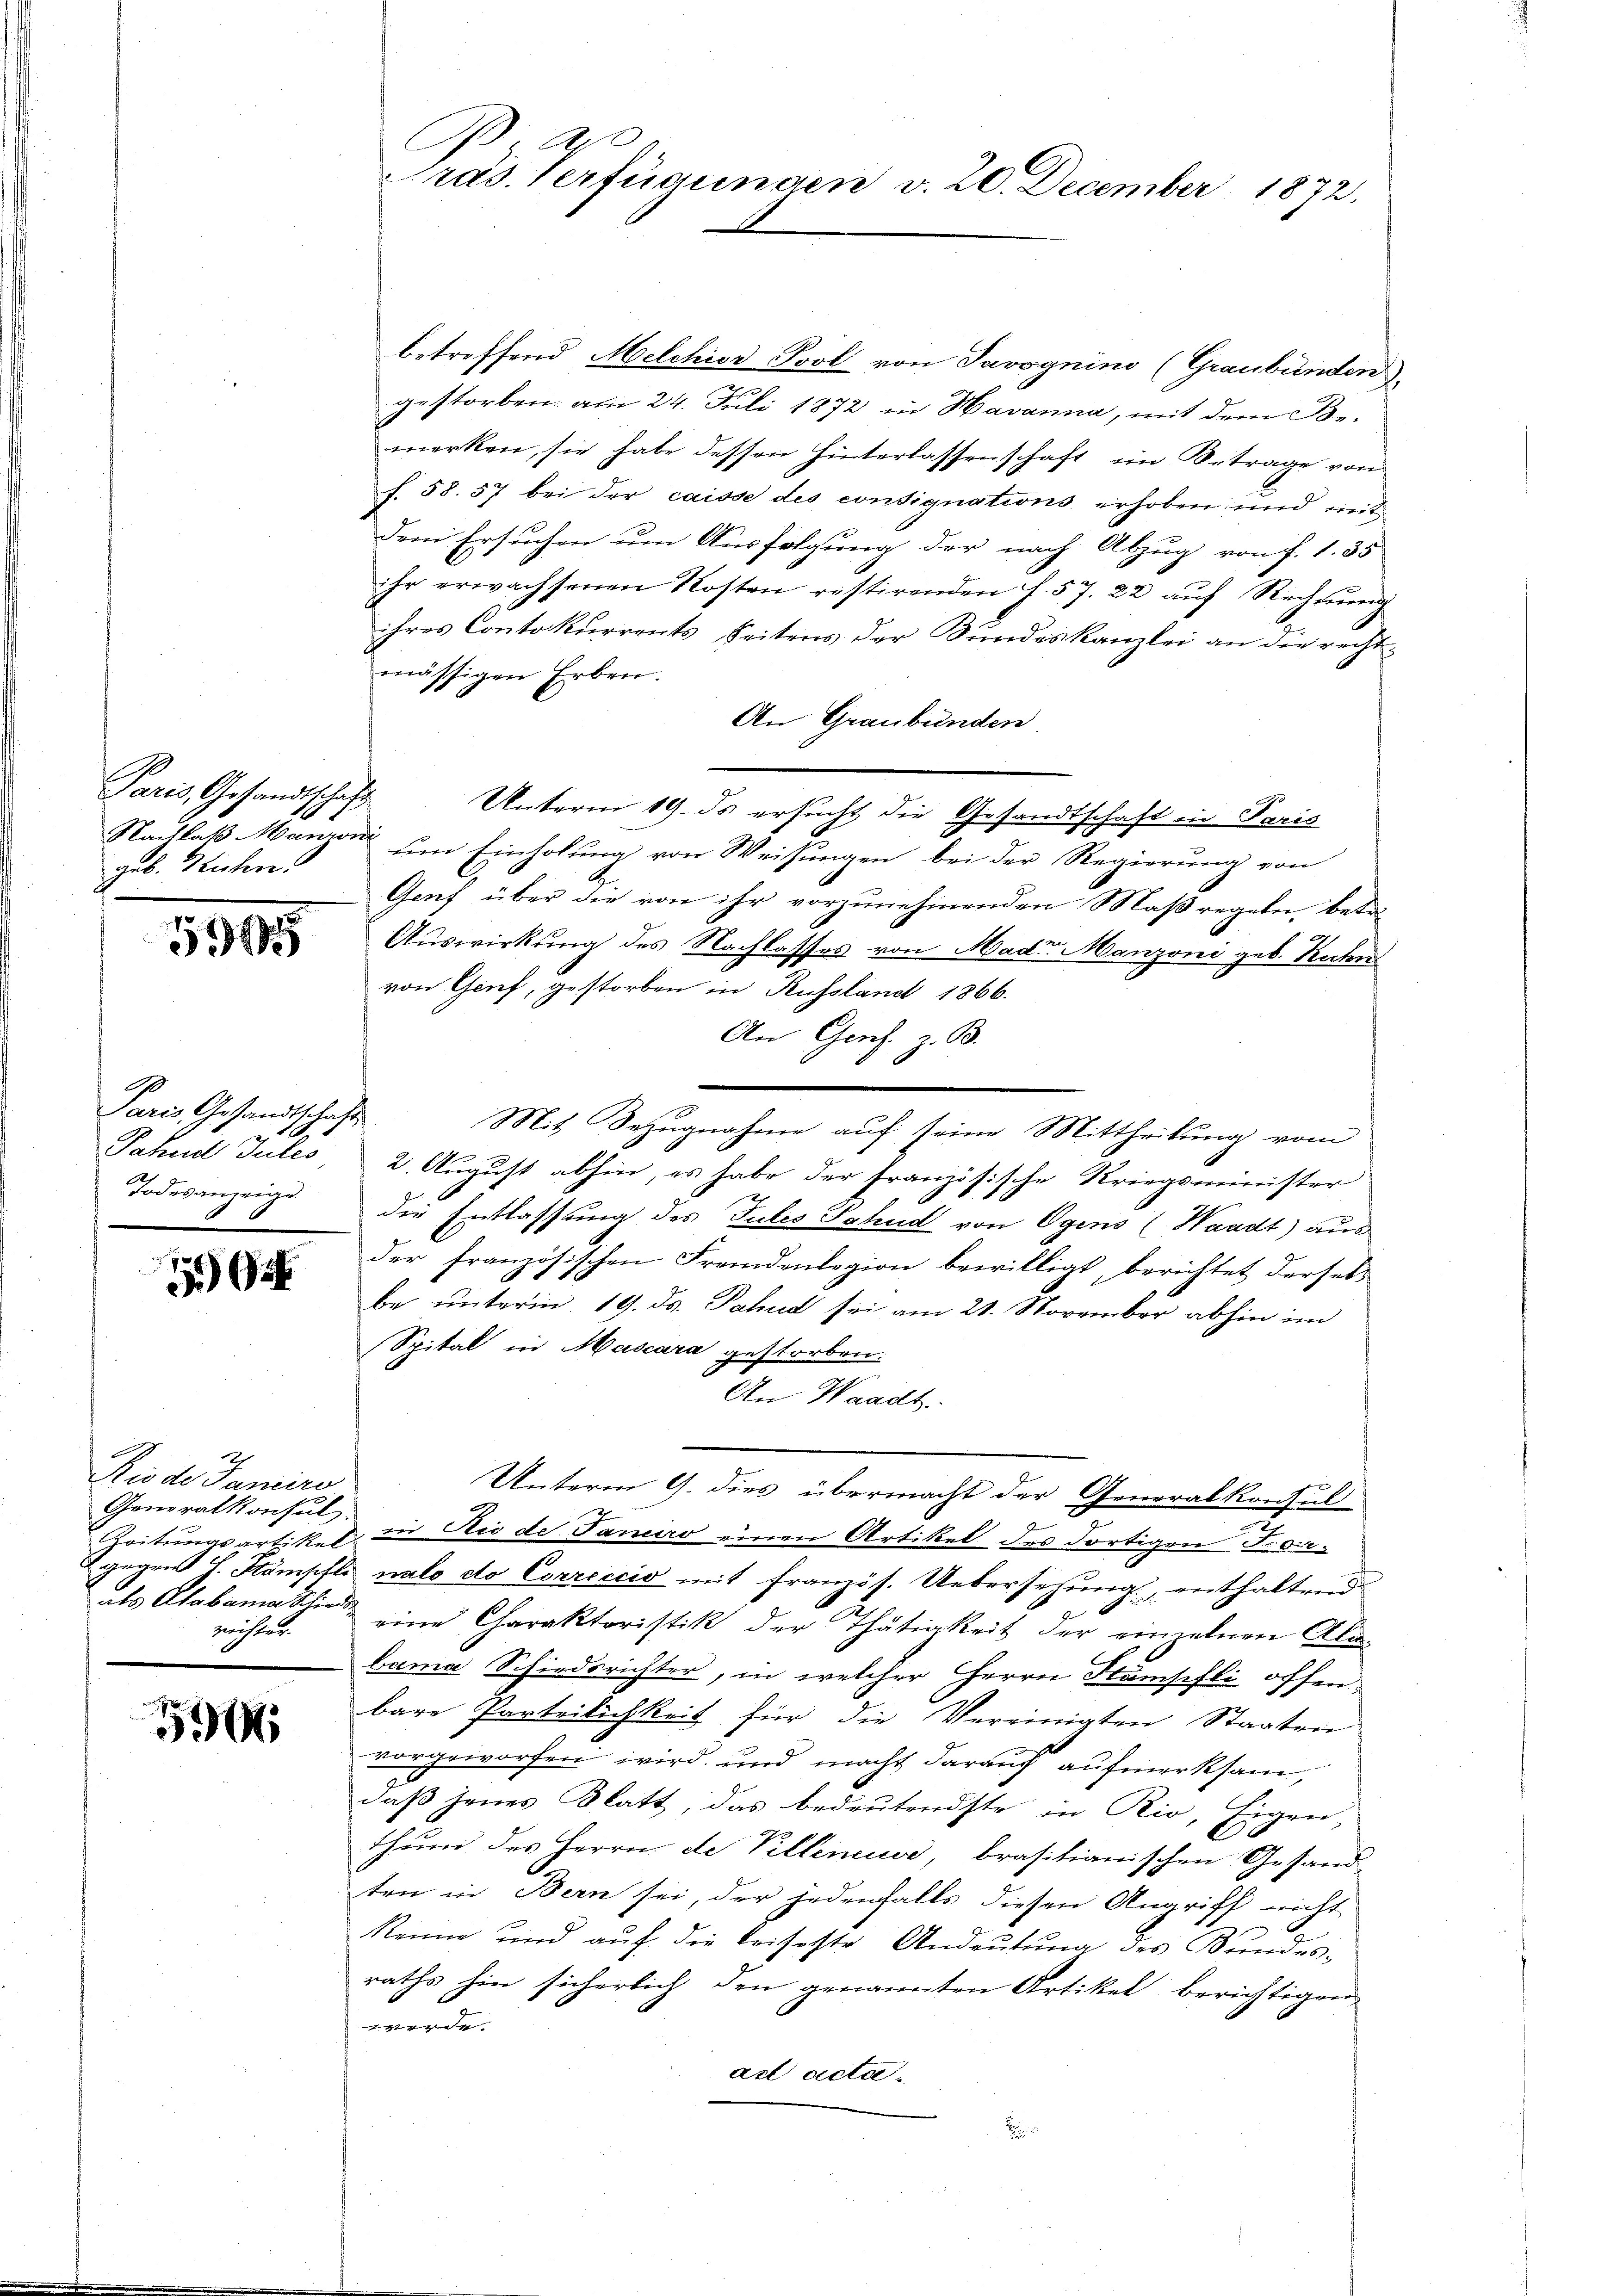
Paris, Gesandtschaft
geb. Sichen.

5905

G
Paris, Gesandtschaft
Jahud Julio
Todesanzeige

792

2
Rio de Janeiro
Generalkonsul.
als Alobamia Schiede
richter.

30

A
Präs. Verfügungen v. 20. December 1872.

betreffend Melchior Pool von Javognino (Graubünden
gestorben. am 24. Juli 1872 in Havanna, mit dem Be-
merken, sie habe dessen Hinterlassenschaft im Betrage von
f. 58. 57 bei der caisse des consignations erhoben und mit
dem Ersuchen um Ausfolgung der nach Abzug von f. 1. 35
ihr erwachsenen Kosten restirenden f. 57. 22 auf Rechnung
ihres Contokurrents Seitens der Bundeskanzlei an die recht-
mässigen Erben.
An Graubünden
Unterm 19. ds ersucht die Gesandtschaft in Paris
Nachlaß Manzen um Einholung von Weisungen bei der Regierung von
Genf über die von ihr vorzunehmenden Maßregeln, betr.
Auswirkung des Nachlasses von Mader Manzoni geb. Kuchen
von Genf, gestorben in Russland 1866.
An Gens. z. B.
Mit Bezugnahme auf seine Mittheilung vom
2. August abhin, es habe der französische Kriegsminister
die Entlassung des Tutes Sahud von Ogens (Waadt) aus
der französischen Fremdenlegion bewilligt, berichtet dersels
be unterm 19. ds. Jahnd sei am 21. November abhin im
Spital in Mascara gestorben.
An Waadt.
Unterm 9. dies übermacht der Generalkonsul
Zeitungsartikel in die de Janeiro einen Artikel des dortigen Freiz¬
2 gegen H. Kämpfli nato dto Correccio mit französ. Uebersehung, enthaltend
eine Charaktoristik der Thätigkeit der einzelnen Ale-
bama Schiedsrichter, in welcher Herrn Stumsifli offen
bare Parteilichkeit für die Vereinigten Staaten
s
vorgeworfen wird, und macht darauf aufmerksam,
daß jenes Blatt, das bedeutendste in Rio, Eigen-
thum des Herrn de Villeneuve, brasilianischen Gesand
ten in Bern sei, der jedenfalls diesen Angriff nicht
Renne und auf die Reiseste Andeutung des Bundesraths hin sicherlich den genannten Artikel berichtigen
g
ad acta.